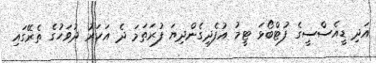
އަދި ޑީއެސްސީގެ ފުޓްބޯޅަ ޓީމު އުފެދިގެންދިޔަ ފުރަތަމަ ދެ އަހަރު ދުވަހުގެ ތެރޭގައި